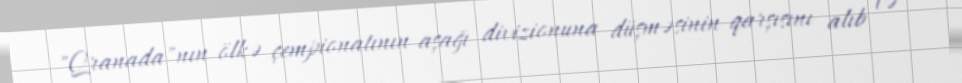
"Qranada"nın ölkə çempionatının aşağı divizionuna düşməsinin qarşısını alıb və